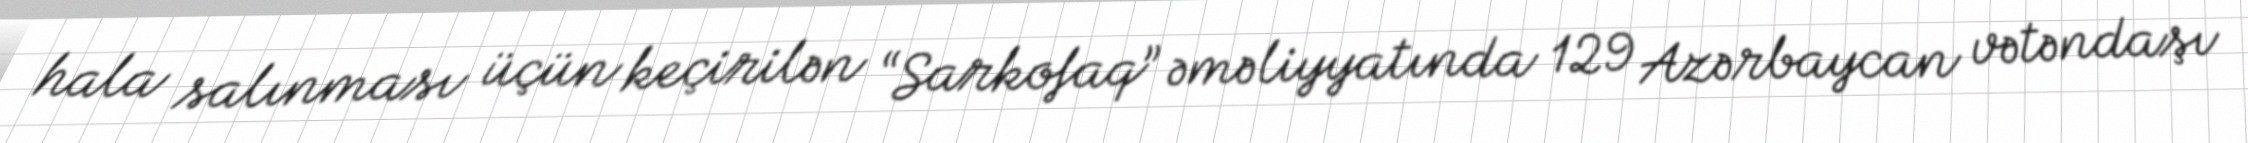
hala salınması üçün keçirilən “Sarkofaq” əməliyyatında 129 Azərbaycan vətəndaşı